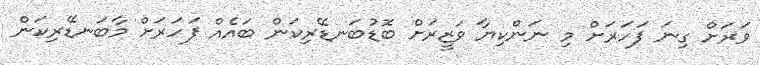
ވަރަށް ގިނަ ފަހަރަށް މި ނަންކިޔާ ވަޒީރަށް ބޮޑުބަނޑޭރިކަން ބައެއް ފަހަރަށް މާބަނޑޭރިކަން